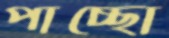
পাচ্ছো